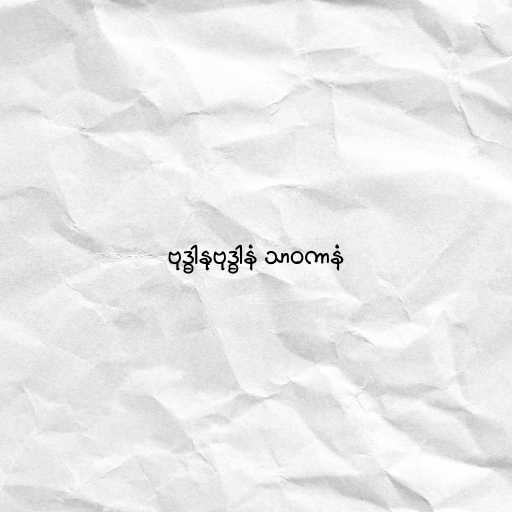
ဗုဒ္ဓါနုဗုဒ္ဓါနံ သာဝကာနံ